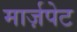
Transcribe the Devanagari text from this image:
मार्ज़पेट